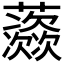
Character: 𱿅